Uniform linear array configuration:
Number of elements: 8
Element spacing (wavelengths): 0.25
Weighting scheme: binomial
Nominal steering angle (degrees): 30
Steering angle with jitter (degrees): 29.157
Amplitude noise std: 0.05
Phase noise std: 0.05

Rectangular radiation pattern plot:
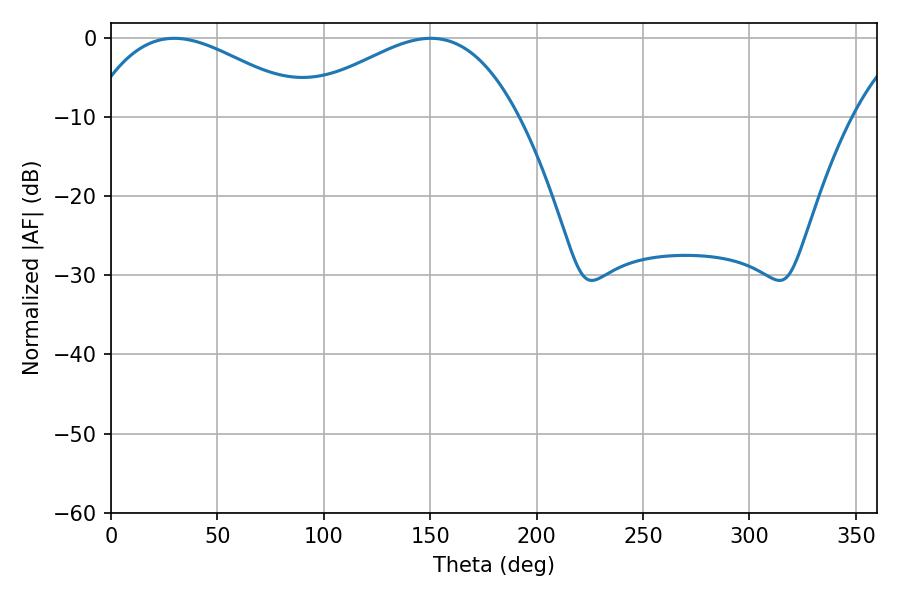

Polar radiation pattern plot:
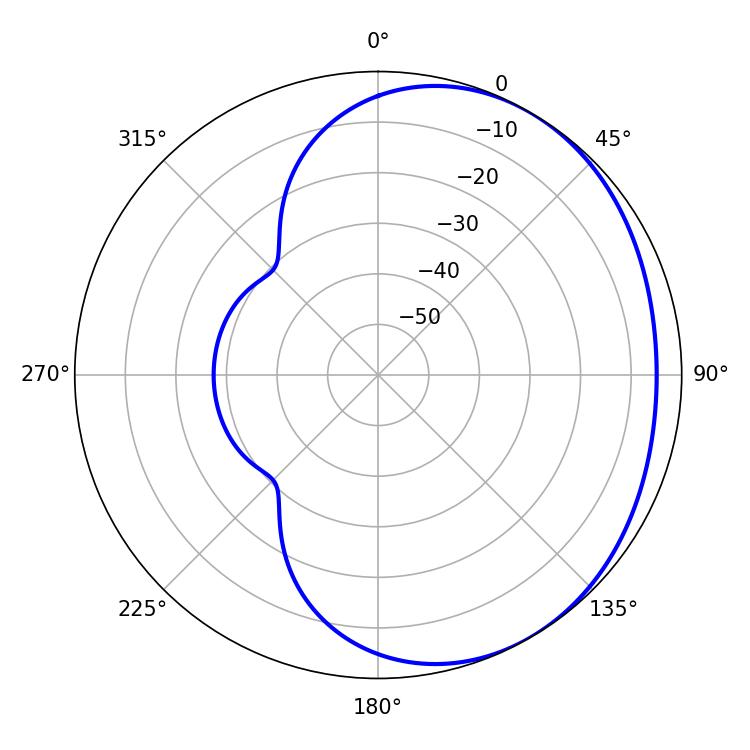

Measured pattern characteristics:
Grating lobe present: FALSE
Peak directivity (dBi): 2.296
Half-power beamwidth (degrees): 57.06
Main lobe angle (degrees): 29.7